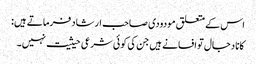
اس کے متعلق مودودی صاحب ارشاد فرماتے ہیں:
کانا دجال تو افسانے ہیں جن کی کوئی شرعی حیثیت نہیں۔